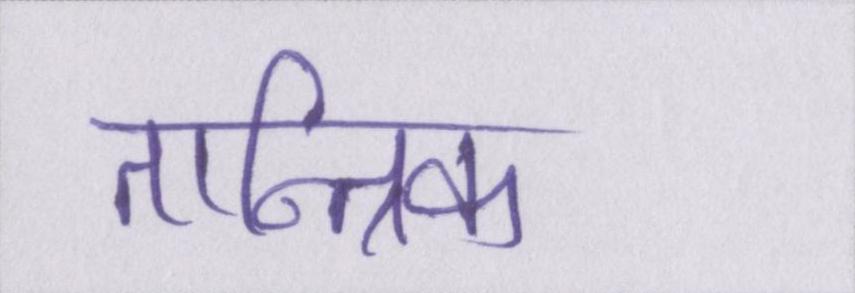
तान्त्रिक